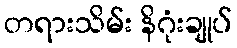
တရားသိမ်း နိဂုံးချုပ်